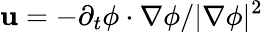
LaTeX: \mathbf{u}=-\partial_{t}\phi\cdot\nabla\phi/|\nabla\phi|^{2}